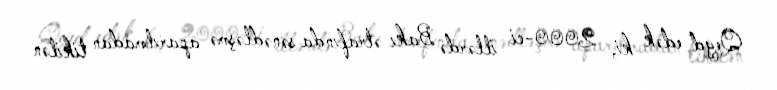
Qeyd edək ki, 2000-ci illərdə Bakı ətrafında sənədləşmə aparılmadan tikilən